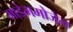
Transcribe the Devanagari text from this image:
माडेममोजेल